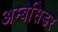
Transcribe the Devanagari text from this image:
अम्बैसिडर